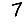
Digit: 7